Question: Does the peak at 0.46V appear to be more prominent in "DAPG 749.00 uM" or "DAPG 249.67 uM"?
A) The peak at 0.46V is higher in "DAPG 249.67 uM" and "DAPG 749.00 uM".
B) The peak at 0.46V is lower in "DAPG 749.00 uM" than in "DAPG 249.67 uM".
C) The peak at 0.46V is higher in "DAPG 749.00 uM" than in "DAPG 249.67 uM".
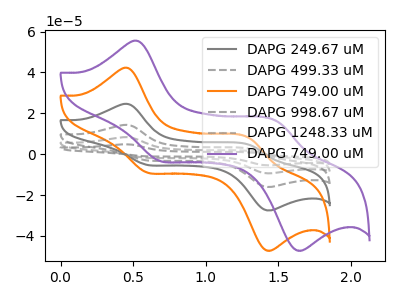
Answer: <think>The gray curve "DAPG 249.67 uM" has anodic peaks at (0.45V, 24.60uA) (1.30V, 4.60uA) and cathodic peaks at (0.60V, -5.15uA) (1.40V, -27.35uA). The gray dashed curve "DAPG 499.33 uM" has anodic peaks at (0.45V, 49.15uA) (1.30V, 9.20uA) and cathodic peaks at (0.60V, -10.35uA) (1.40V, -54.65uA). The orange curve "DAPG 749.00 uM" has anodic peaks at (0.45V, 42.20uA) (1.30V, 7.90uA) and cathodic peaks at (0.60V, -8.85uA) (1.40V, -46.90uA). The gray dashed curve "DAPG 998.67 uM" has anodic peaks at (0.45V, 98.35uA) (1.30V, 18.45uA) and cathodic peaks at (0.60V, -20.70uA) (1.40V, -109.30uA). The gray dashed curve "DAPG 1248.33 uM" has anodic peaks at (0.45V, 73.75uA) (1.30V, 13.85uA) and cathodic peaks at (0.60V, -15.50uA) (1.40V, -82.00uA). The purple curve "DAPG 749.00 uM" has anodic peaks at (0.55V, 55.40uA) (1.50V, 16.05uA) and cathodic peaks at (0.70V, -3.20uA) (1.60V, -46.85uA).</think>
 <answer>C) The peak at 0.46V is higher in "DAPG 749.00 uM" than in "DAPG 249.67 uM".</answer>
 <eval>C</eval>